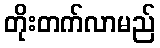
တိုးတက်လာမည်